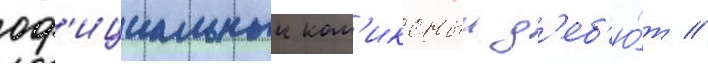
оф'ициальныи ком'иксныи д'еб'ю́т //